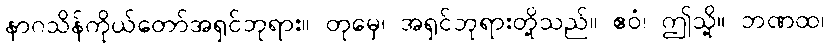
နာဂသိန်ကိုယ်တော်အရှင်ဘုရား။ တုမှေ၊ အရှင်ဘုရားတို့သည်။ ဧဝံ၊ ဤသို့။ ဘဏထ၊